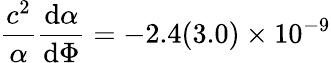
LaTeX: \frac{c^{2}}{\alpha}\frac{\textrm{d}\alpha}{\textrm{d}\Phi}=-2.4(3.0)\times 10^{-9}